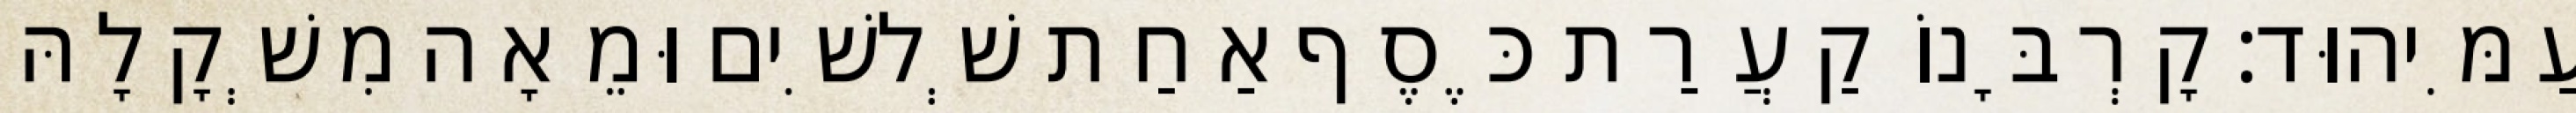
עַמִּיהוּד׃ קָרְבָּנוֹ קַעֲרַת כֶּסֶף אַחַת שְׁלשִׁים וּמֵאָה מִשְׁקָלָהּ